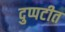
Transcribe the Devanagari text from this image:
दुप्पटीत